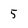
Character: 5